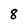
Character: 8